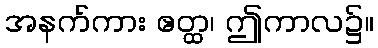
အနက်ကား ဧတ္ထ၊ ဤကာလ၌။